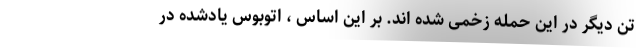
تن دیگر در این حمله زخمی شده اند. بر این اساس ،‌ اتوبوس یادشده در